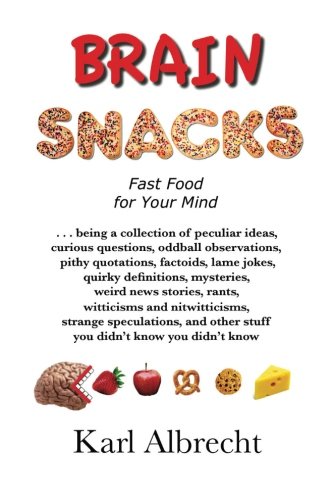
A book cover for Brain Snacks: Fast Food for Your Mind; Dr. Karl Albrecht; Humor & Entertainment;